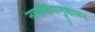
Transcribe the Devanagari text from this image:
नामलिगानुशासन